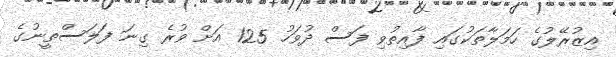
އިޒުރޭލުގެ ހަމަލާތަކުގައި ފާއިތުވި ފަސް ދުވަހު 125 އަށް ވުރެ ގިނަ ފަލަސްތީނުގެ